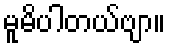
မူမိပါတယ်ဗျာ။